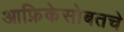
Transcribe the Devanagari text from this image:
आफ्रिकेसोबतचे